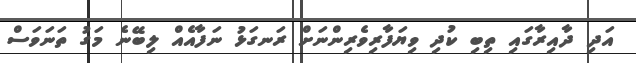
އަދި ދާއިރާގައި ތިބި ކުދި ވިޔަފާރިވެރިންނަށް ރަނގަޅު ނަފާއެއް ލިބޭނެ މަގު ތަނަވަސް